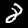
Label: 8